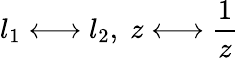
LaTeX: l_{1}\longleftrightarrow l_{2},\; z\longleftrightarrow\frac 1z